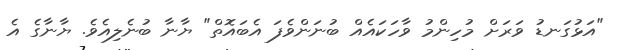
"އަޅުގަނޑު ވަރަށް މުހިންމު ވާހަކައެއް ބުނަންވެފަ އެބައޮތް" ޔާނާ ބުނެލިއެވެ. ޔާނާގެ އެ